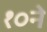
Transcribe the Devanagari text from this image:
१०ने